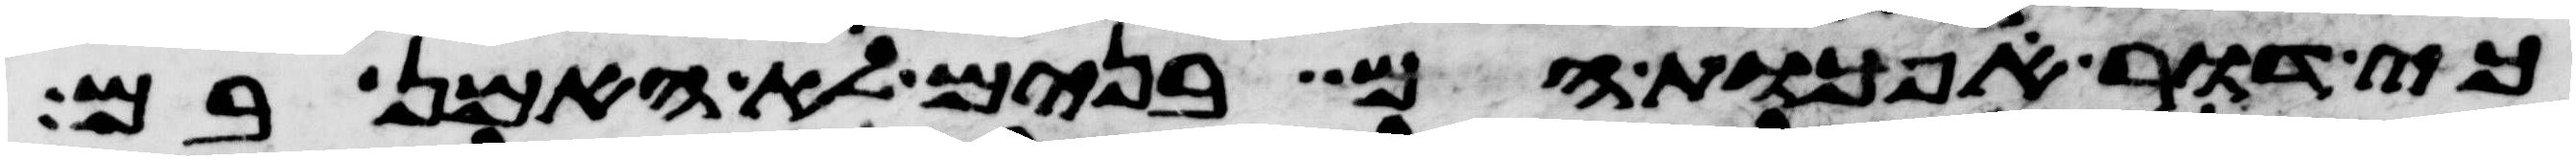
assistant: כי דור הפכות הם בנים לא האמן בם